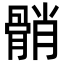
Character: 𩩓